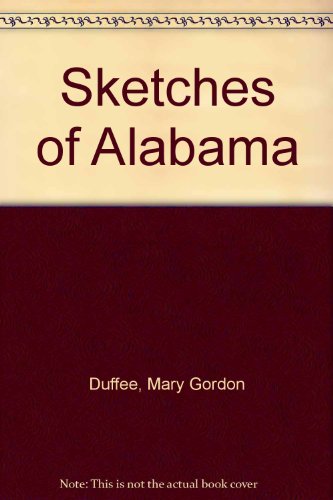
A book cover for Sketches of Alabama; Mary Gordon Duffee; Travel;